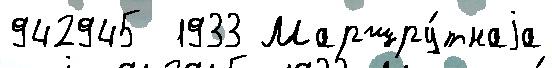
942945  1933 Маршру́тнаjа